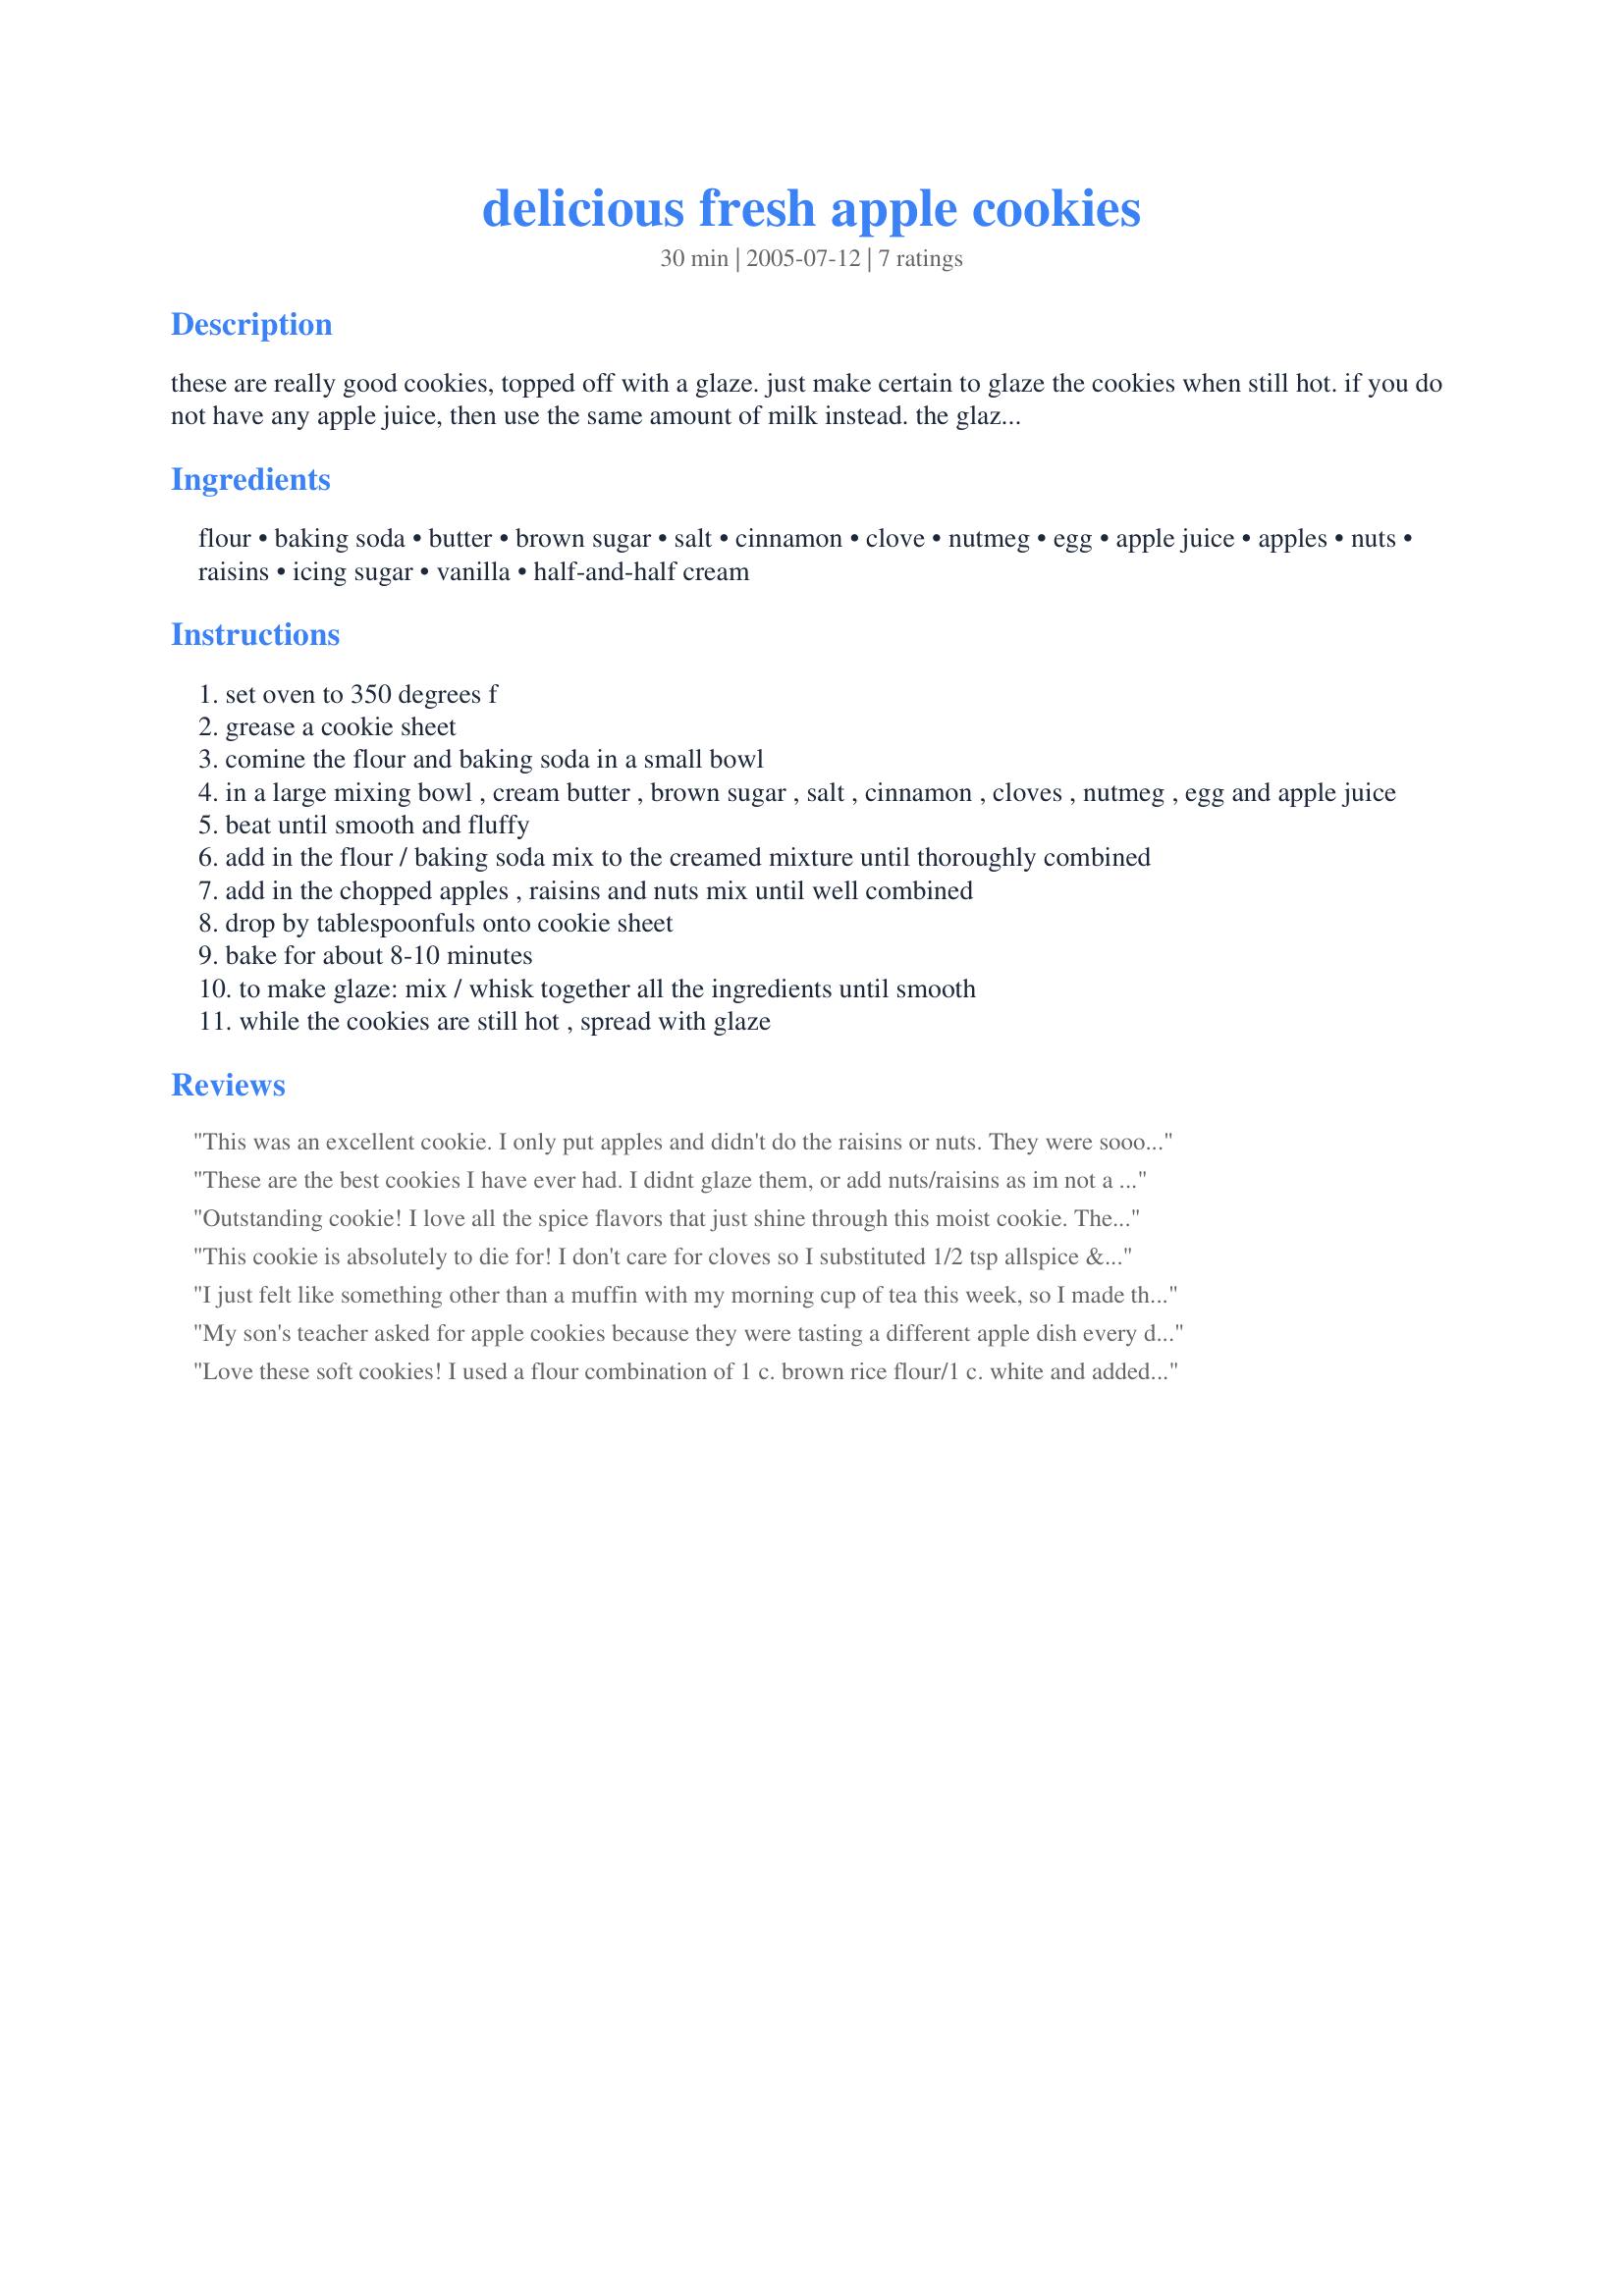
delicious fresh apple cookies
Preparation time: 30 minutes

these are really good cookies, topped off with a glaze. just make certain to glaze the cookies when still hot. if you do not have any apple juice, then use the same amount of milk instead. the glaze can be doubled if desired. yield is only estimated, depending on how large the cookies are.

Ingredients:
flour, baking soda, butter, brown sugar, salt, cinnamon, clove, nutmeg, egg, apple juice, apples, nuts, raisins, icing sugar, vanilla, half-and-half cream

Steps:
set oven to 350 degrees f
grease a cookie sheet
comine the flour and baking soda in a small bowl
in a large mixing bowl , cream butter , brown sugar , salt , cinnamon , cloves , nutmeg , egg and apple juice
beat until smooth and fluffy
add in the flour / baking soda mix to the creamed mixture until thoroughly combined
add in the chopped apples , raisins and nuts mix until well combined
drop by tablespoonfuls onto cookie sheet
bake for about 8-10 minutes
to make glaze: mix / whisk together all the ingredients until smooth
while the cookies are still hot , spread with glaze

Reviews:
This was an excellent cookie. I only put apples and didn't do the raisins or nuts. They were soooo good! The glaze was awesome too. But you must put it on when the cookies are hot. I used 1/2 teaspoon of apple pie spice instead of the cloves.
These are the best cookies I have ever had. I didnt glaze them, or add nuts/raisins as im not a fan of raisins and im always looking for a healthier option, I also used 2 egg whites 1/2 wheat flour and 1/2 white. Thank you sooo much for this great base for me to play around with.
Outstanding cookie! I love all the spice flavors that just shine through this moist cookie. The apple and nuts (I used finely chopped almonds) make it such a tasty cookie. The only thing that I'm upset about is that I ran out of confectioner's sugar so I could not make the glaze!! Next time I will - but even plain these cookies are fabulous! Made for Gardening/Herbs Forum - Spice of Month - Cinnamon 4/08
This cookie is absolutely to die for! I don't care for cloves so I substituted 1/2 tsp allspice & used 1 tsp cinnamon. We used chopped pecans & golden raisins in the mix. Thanks for my new favorite cookie! Made for 123 Hits
I just felt like something other than a muffin with my morning cup of tea this week, so I made these cookies...They were absolutely delicious. They were a cakey kind of cookie so it went well with my tea. I forgot to take the pic when I still had all the cookies though....so took it when there were a few left. Mine though required 15 minutes in the oven. What surprised me was I actually made 36 cookies....that never happens to me with cookies or muffins I am always off by some. The only thing I didn't do was put in any nuts. But these were so yummy....Thanks for sharing Kitten.
My son's teacher asked for apple cookies because they were tasting a different apple dish every day. This were a huge hit! She said she thinks it is the first time not one cookie was tossed in the trash. Thanks for a great recipe!
Love these soft cookies! I used a flour combination of 1 c. brown rice flour/1 c. white and added pecans. Didn't make the glaze, although I was tempted. (Had to cut the calories somewhere :).
